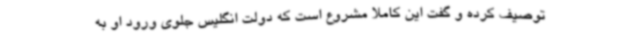
توصیف کرده و گفت این کاملا مشروع است که دولت انگلیس جلوی ورود او به